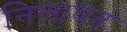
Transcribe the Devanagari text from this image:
निलायन